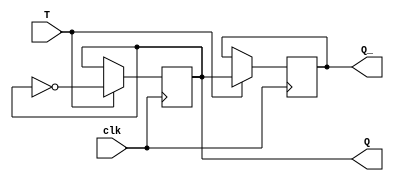
module t_flip_flop (
    input wire T,
    input wire clk,
    output reg Q,
    output reg Q_
);

always @(posedge clk) begin
    if (T) begin
        Q <= ~Q;
        Q_ <= Q;
    end
end

endmodule